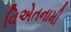
વિએતનામી